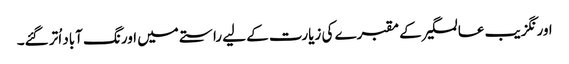
اورنگزیب عالمگیر کے مقبرے کی زیارت کے لیے راستے میں اورنگ آباد اُتر گئے۔